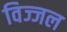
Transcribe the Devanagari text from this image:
विज्जल